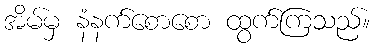
အိမ်မှ နံနက်စောစော ထွက်ကြသည်။